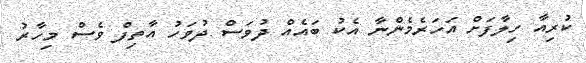
ކުރިއާ ހިލާފަށް އަހަރެމެންނާ އެކު ބައެއް ދުވަސް ދުވަހު އާތިފް ވެސް މިހާރު